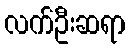
လက်ဦးဆရာ